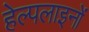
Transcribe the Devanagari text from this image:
हेल्पलाइनों